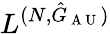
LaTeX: L^{(N,\hat{G}_{\mathrm{~A~U~}})}